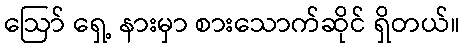
ဩော် ရှေ့ နားမှာ စားသောက်ဆိုင် ရှိတယ်။